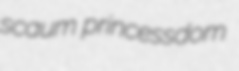
scaum princessdom